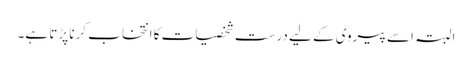
البتہ اسے پیروی کے لیے درست شخصیات کا انتخاب کرنا پڑتا ہے۔